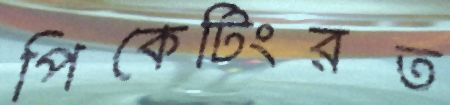
পিকেটিংরত